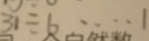
3 1 \div 6 \cdots 1